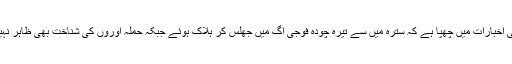
خود بھارتی اخبارات میں چھپا ہے کہ سترہ میں سے تیرہ چودہ فوجی آگ میں جھلس کر ہلاک ہوئے جبکہ حملہ آوروں کی شناخت بھی ظاہر نہیں کی گئی۔